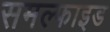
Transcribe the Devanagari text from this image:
समल्फाइड